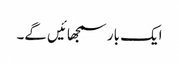
ایک بار سمجھائیں گے۔